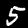
Digit: 5